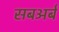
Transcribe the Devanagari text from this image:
सबअर्ब